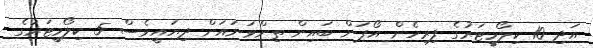
އަދި 10 ކިލޯމީޓަރުގެ ފިރިހެން އޯޕަން ބައިން ތިންވަނައަށް ދިޔައީވެސް 5 ކިލޯމީޓަރުގެ